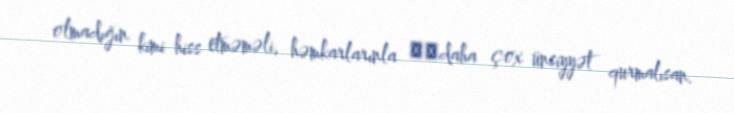
olmadığın kimi hiss etməməli, həmkarlarınla ​​daha çox ünsiyyət qurmalısan.